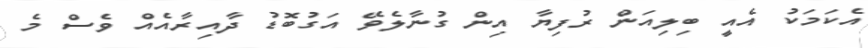
އެކަމަކު އެއީ ބިލިއަން ރުފިޔާ އިން ގުނާލެވޭ އަގުބޮޑު ދާއިރާއެއް ވެސް މެ